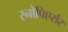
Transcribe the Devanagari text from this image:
स्नोपिएर्सर